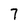
Character: 7